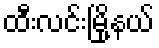
ထီးလင်းမြို့နယ်